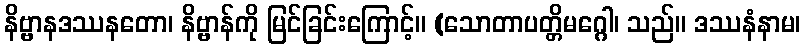
နိဗ္ဗာနဒဿနတော၊ နိဗ္ဗာန်ကို မြင်ခြင်းကြောင့်။ (သောတာပတ္တိမဂ္ဂေါ၊ သည်။ ဒဿနံနာမ၊